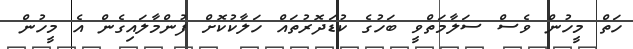
ހަތް މީހުން ވެސް ސަލާމަތްވީ ބަހުގެ ކުޑަދޮރުތައް ހަލާކުކޮށް ފުންމާލައިގެން އެ މީހުން